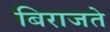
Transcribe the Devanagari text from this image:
बिराजते